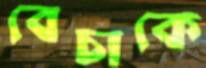
বেচাকে